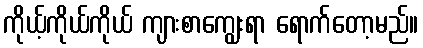
ကိုယ့်ကိုယ်ကိုယ် ကျားစာကျွေးရာ ရောက်တော့မည်။